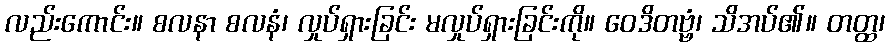
လည်းကောင်း။ စလနာ စလနံ၊ လှုပ်ရှားခြင်း မလှုပ်ရှားခြင်းကို။ ဝေဒိတဗ္ဗံ၊ သိအပ်၏။ တတ္ထ၊